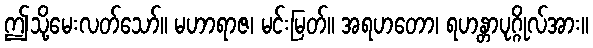
ဤသို့မေးလတ်သော်။ မဟာရာဇ၊ မင်းမြတ်။ အရဟတော၊ ရဟန္တာပုဂ္ဂိုလ်အား။